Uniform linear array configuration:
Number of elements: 32
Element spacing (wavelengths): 1
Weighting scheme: hann
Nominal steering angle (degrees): -30
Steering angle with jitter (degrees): -31.281
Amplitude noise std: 0.05
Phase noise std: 0.05

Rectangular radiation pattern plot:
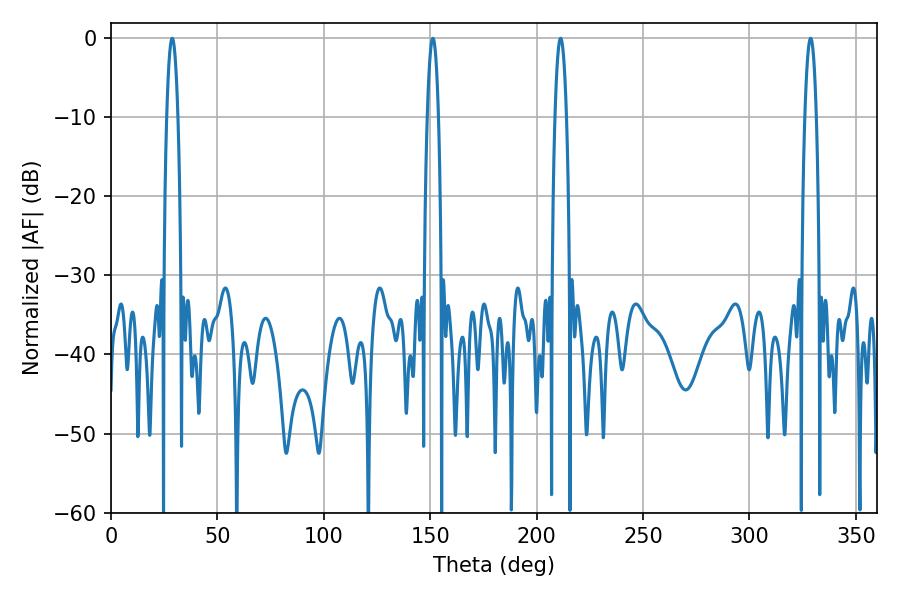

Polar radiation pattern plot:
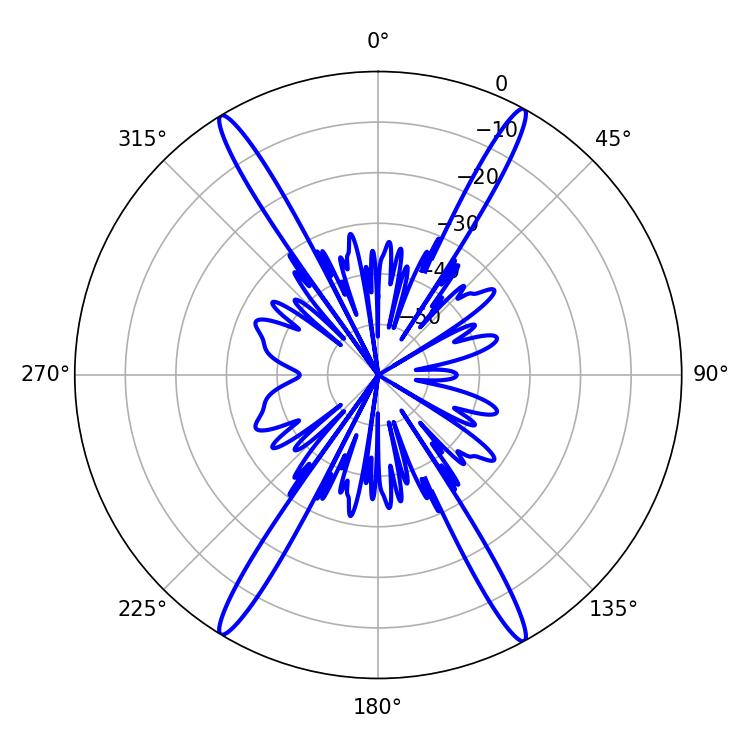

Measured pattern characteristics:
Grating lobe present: TRUE
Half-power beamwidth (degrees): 2.88
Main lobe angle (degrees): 28.8